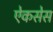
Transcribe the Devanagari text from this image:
ऐकसेस